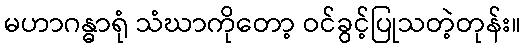
မဟာဂန္ဓာရုံ သံဃာကိုတော့ ဝင်ခွင့်ပြုသတဲ့တုန်း။